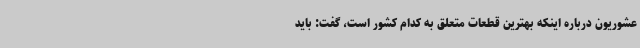
عشوریون درباره اینکه بهترین قطعات متعلق به کدام کشور است، گفت: باید